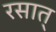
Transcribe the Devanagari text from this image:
रसात्